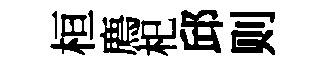
桓廌𣏌邱则